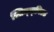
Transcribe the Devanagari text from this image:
स्प्रिन्ग्फ़ील्ड